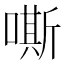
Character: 嘶